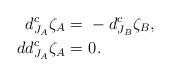
LaTeX: \begin{align*} d^c_{J_A} \zeta_A =&\ - d^c_{J_B} \zeta_B,\\d d^c_{J_A} \zeta_A =&\ 0.\end{align*}